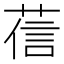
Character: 𦴩